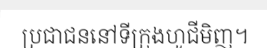
ប្រជាជននៅទីក្រុងហូជីមិញ។